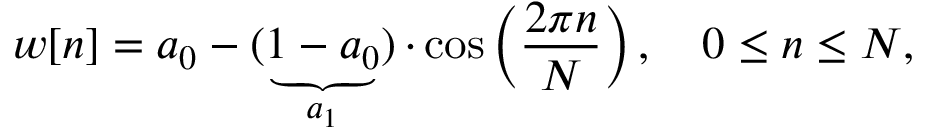
w [ n ] = a _ { 0 } - \underbrace { ( 1 - a _ { 0 } ) } _ { a _ { 1 } } \cdot \cos \left( { \frac { 2 \pi n } { N } } \right) , \quad 0 \leq n \leq N ,